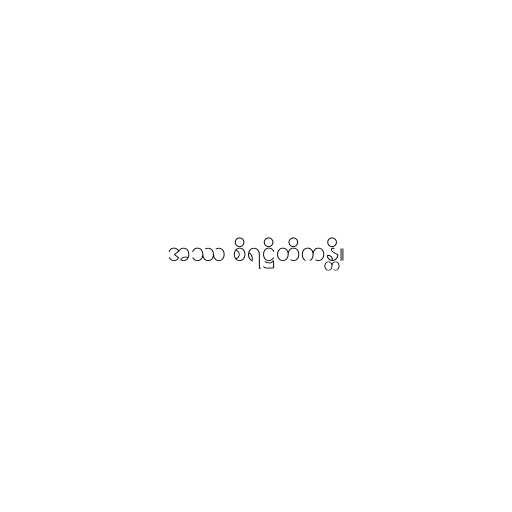
အဿ စိရဋ္ဌိတိကန္တိ။